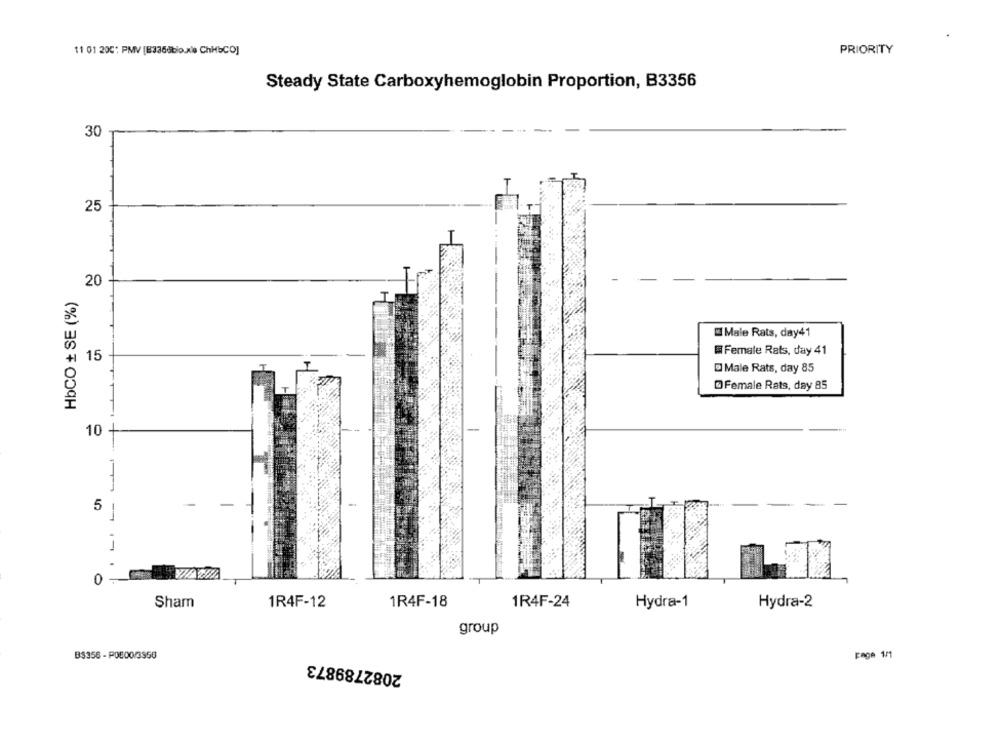
11 01 200: PMV [E3366bio.xie ChHbCO]
PRIORITY
Steady State Carboxyhemoglobin Proportion, B3356
30
25
20
HbCO + SE (%)
Male Rats, day41
Female Rats, day 41
15
@ Male Rats, day 85
@Female Rats, day 85
10 +
5
0
Sham
1R4F-12
1R4F-18
1R4F-24
Hydra-1
Hydra-2
group
page 1/1
B$356 - POE00/3556
2082789873